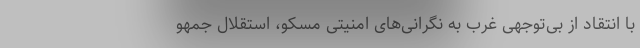
با انتقاد از بی‌توجهی غرب به نگرانی‌های امنیتی مسکو، استقلال جمهو